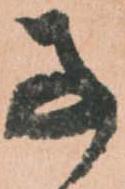
子